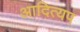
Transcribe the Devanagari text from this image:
आदित्यप